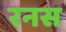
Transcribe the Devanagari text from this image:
रनस